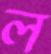
ল